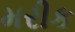
મરીક